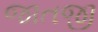
જાતજી